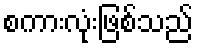
စကားလုံးဖြစ်သည်